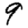
Digit: 9